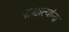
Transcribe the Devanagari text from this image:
पाश्चात्यांना